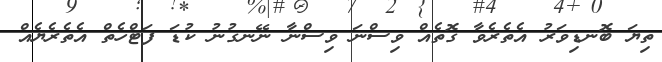
ތިޔަ ބޮނޑިވަރު އެތެރެވާ ގޮތެއް ވިސްނަ ވިސްނާ ނޭނގުނު ކުޑަ ފަޓްހެތް އެތެރެޔެއް